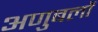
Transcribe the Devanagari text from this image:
अणुबलों